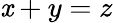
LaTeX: \mathit{x}+y=z